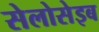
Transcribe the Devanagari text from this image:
सेलोसेइब